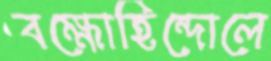
বক্ষোহিন্দোলে